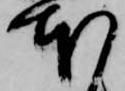
本